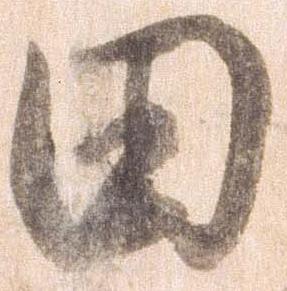
田